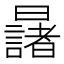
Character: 𣌆